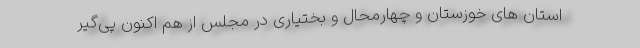
استان های خوزستان و چهارمحال و بختیاری در مجلس از هم اکنون پی‌گیر